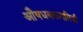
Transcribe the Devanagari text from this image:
औषधबलगतिकी